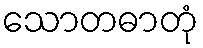
သောတဓာတုံ